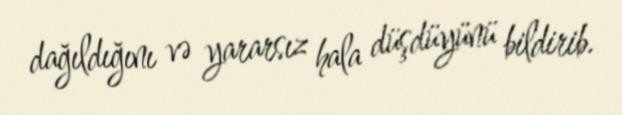
dağıldığını və yararsız hala düşdüyünü bildirib.